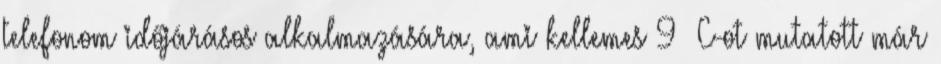
telefonom időjárásos alkalmazására, ami kellemes 9 °C-ot mutatott már